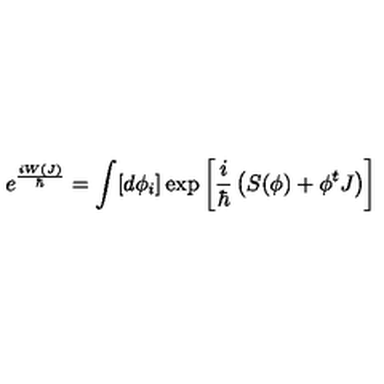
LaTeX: e ^ { \frac { i W ( J ) } { \hbar } } = \int [ d \phi _ { i } ] \exp \left[ \frac { i } { \hbar } \left( S ( \phi ) + \phi ^ { t } J \right) \right]